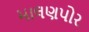
માલણપોર